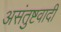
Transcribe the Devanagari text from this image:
असंतुष्टवादी